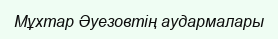
Мұхтар Әуезовтің аудармалары